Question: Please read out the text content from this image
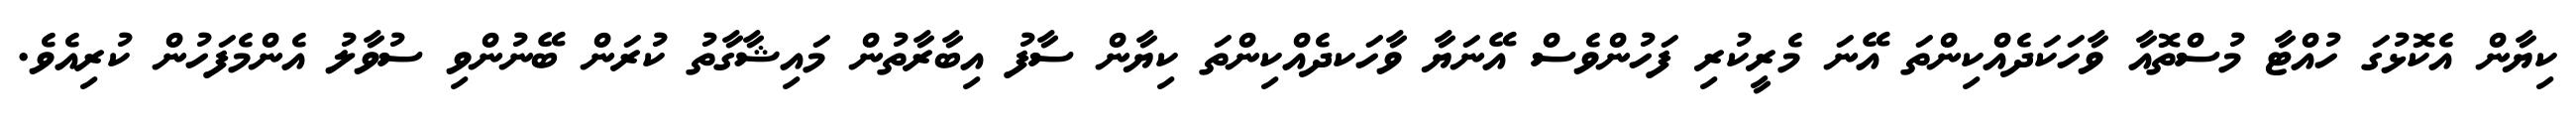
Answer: ކިޔާން އެކޮޅުގަ ހުއްޓާ މުސްތޮއާ ވާހަކަދެއްކިންތަ އޭނަ މެރީކުރި ފަހުންވެސް އޭނަޔާ ވާހަކދެއްކިންތަ ކިޔާން ސާފު އިބާރާތުން މައިޝާގާތު ކުރަން ބޭނުންވި ސުވާލު އެންމެފަހުން ކުރިއެވެ.